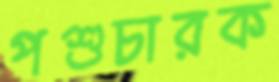
পশুচারক